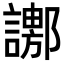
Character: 𧬚